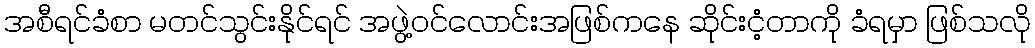
အစီရင်ခံစာ မတင်သွင်းနိုင်ရင် အဖွဲ့ဝင်လောင်းအဖြစ်ကနေ ဆိုင်းငံ့တာကို ခံရမှာ ဖြစ်သလို